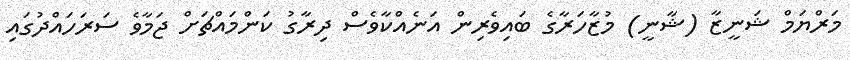
މަރްޔަމް ޝަނީޒާ (ޝާނީ) މުޒާހަރާގެ ބައިވެރިން އަނެއްކާވެސް ދިރާގު ކަންމައްޗަށް ޖަމާވެ ސަރަހައްދުގައި